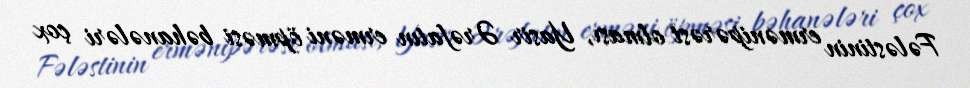
Fələstinin ermənipərəst olması, Yasir Ərəfatın erməni öpməsi bəhanələri çox